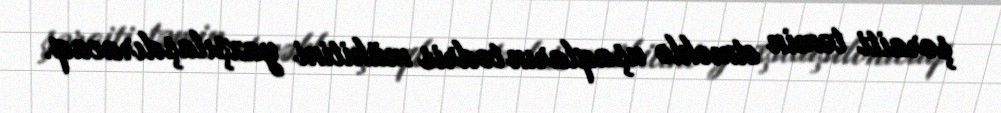
şəraiti təmin etməklə uşaqların tədris mühitini yaxşılaşdıracaq.